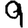
Digit: 9